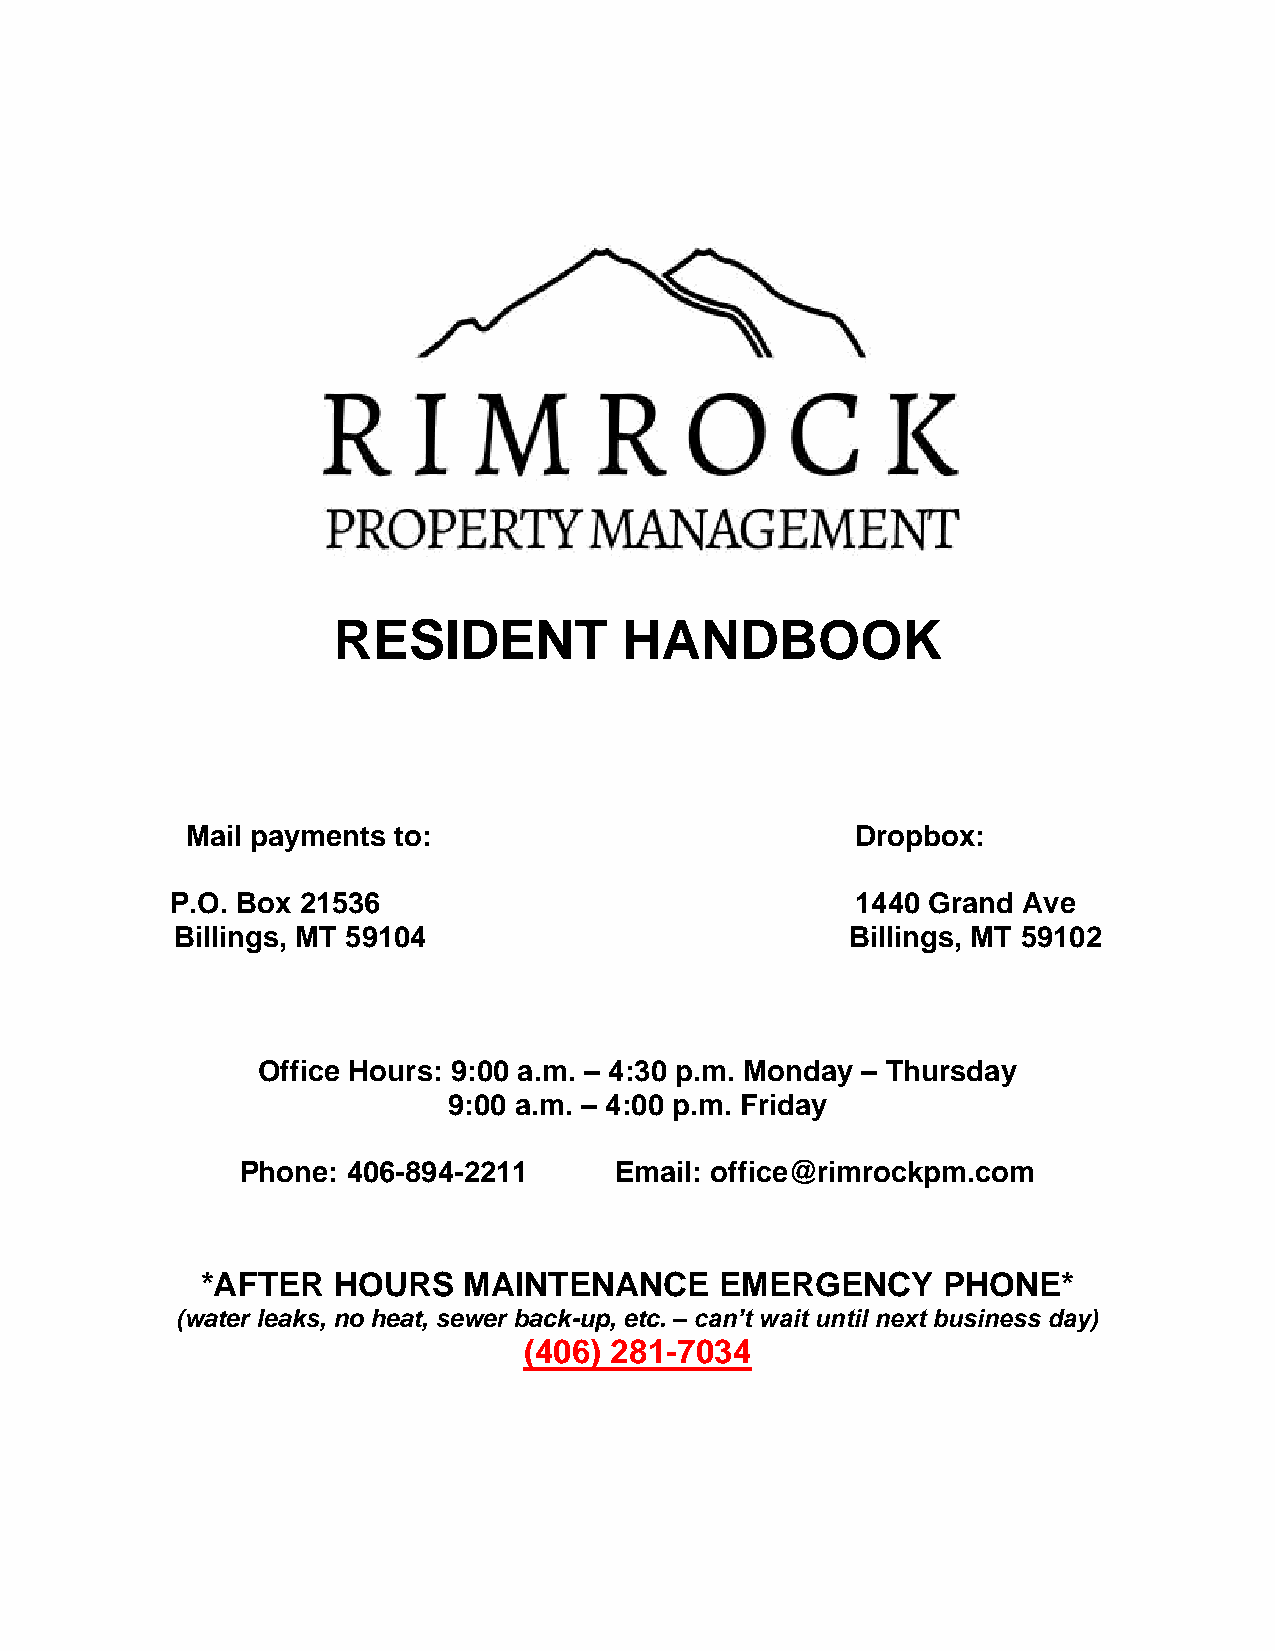
RESIDENT           HANDBOOK
 Mail payments to:                            Dropbox:
 P.O. Box 21536                                1440 Grand Ave
 Billings, MT 59104                           Billings, MT 59102
 Office Hours: 9:00 a.m. – 4:30 p.m. Monday – Thursday
 9:00 a.m. – 4:00 p.m. Friday
 Phone: 406-894-2211      Email: office@rimrockpm.com
 *AFTER   HOURS    MAINTENANCE      EMERGENCY     PHONE*
 (water leaks, no heat, sewer back-up, etc. – can’t wait until next business day)
 (406) 281-7034